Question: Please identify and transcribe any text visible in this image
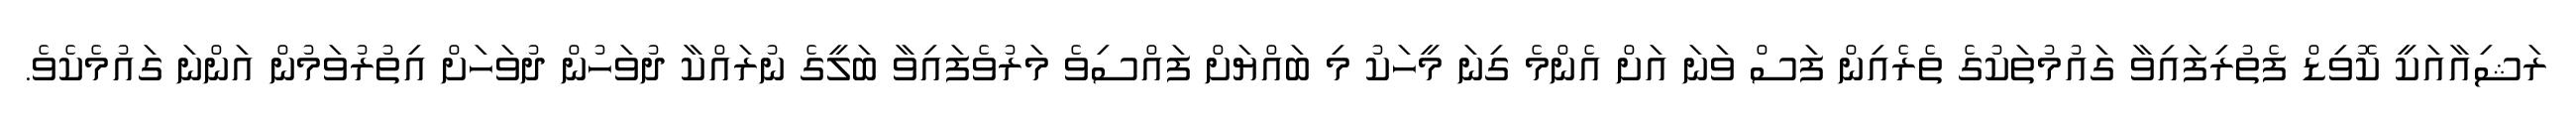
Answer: ރަޝިއާއަކީ ކޮވިޑް ފެތުރިފައިވާ ގައުމުތަކުގެ ތެރެއިން ފަސް ވަނަ އަށް އެންމެ ގިނަ މީހަކު މި ބައްޔަށް ފައްސިވެ މަރުވެފައިވާ ބަލީގެ ނުރައްކާ ދުވަހުން ދުވަހަށް އިތުރުވަމުން އަންނަ ގައުމެކެވެ.